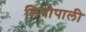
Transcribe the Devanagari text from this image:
लिपोपाली